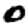
Digit: 0